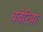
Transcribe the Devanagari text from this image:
बबेरिया